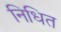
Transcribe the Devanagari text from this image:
निधित